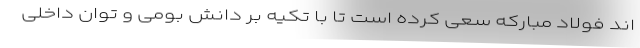
اند فولاد مبارکه سعی کرده است تا با تکیه بر دانش بومی و توان داخلی